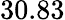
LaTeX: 30.83